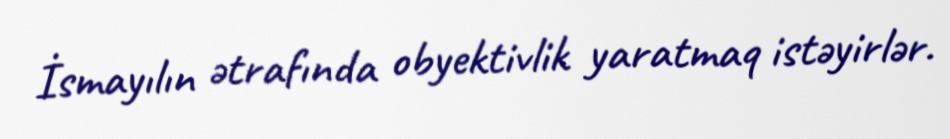
İsmayılın ətrafında obyektivlik yaratmaq istəyirlər.